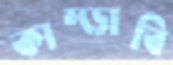
কাম্‌ড়াবি